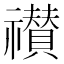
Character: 𮂠